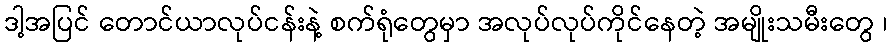
ဒါ့အပြင် တောင်ယာလုပ်ငန်းနဲ့ စက်ရုံတွေမှာ အလုပ်လုပ်ကိုင်နေတဲ့ အမျိုးသမီးတွေ ၊